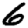
Digit: 6